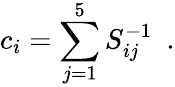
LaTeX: c_{i}=\sum_{j=1}^{5}S_{ij}^{-1}\, \, \, .